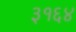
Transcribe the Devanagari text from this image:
३१६४